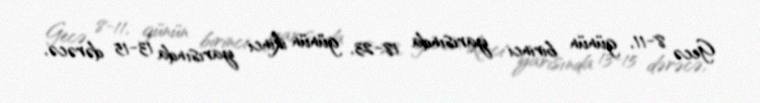
Gecə 8-11, günün birinci yarısında 18-23, günün ikinci yarısında 13-15 dərəcə,